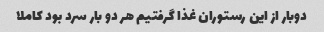
دوبار از این رستوران غذا گرفتیم هر دو بار سرد بود کاملا